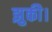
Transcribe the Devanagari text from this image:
झुकी।